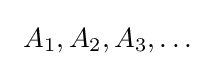
\ A_{1},A_{2},A_{3},\ldots \